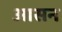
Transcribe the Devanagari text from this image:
अासन